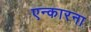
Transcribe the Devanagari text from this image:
एन्कारना